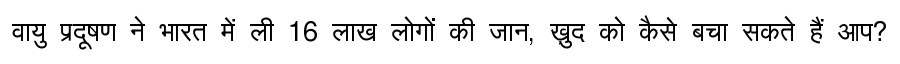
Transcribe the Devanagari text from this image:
वायु प्रदूषण ने भारत में ली 16 लाख लोगों की जान, ख़ुद को कैसे बचा सकते हैं आप?